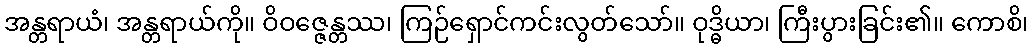
အန္တရာယံ၊ အန္တရာယ်ကို။ ဝိဝဇ္ဇေန္တဿ၊ ကြဉ်ရှောင်ကင်းလွတ်သော်။ ဝုဒ္ဓိယာ၊ ကြီးပွားခြင်း၏။ ကောစိ၊